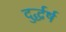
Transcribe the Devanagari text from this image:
दुर्द्धर्ष